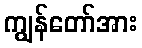
ကျွန်တော်အား